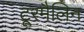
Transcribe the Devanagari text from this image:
टूरमैलिन